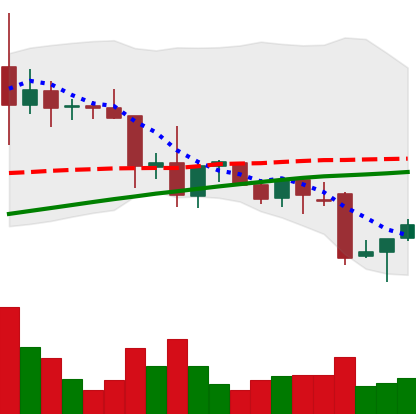
Ticker: XRP-USD
Chart end date: 2021-11-29
Forward return: -14.611%
Label: down_7plus